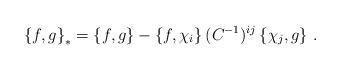
LaTeX: \begin{align*}\left\{f,g\right\}_*=\left\{f,g\right\}-\left\{f,\chi_i\right\}(C^{-1})^{ij}\left\{\chi_j,g\right\}\,.\end{align*}